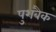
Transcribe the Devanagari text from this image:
पुशबैक